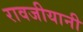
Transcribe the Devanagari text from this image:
रावजीयानी